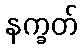
နက္ခတ်